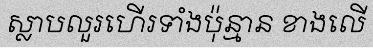
ស្លាបលួរហើរទាំងប៉ុន្មាន ខាងលើ